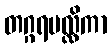
တဂ္ဂရမလ္လိကာ